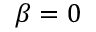
\beta = 0